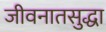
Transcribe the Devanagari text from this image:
जीवनातसुद्धा